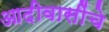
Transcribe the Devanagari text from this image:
आदीवासींचे